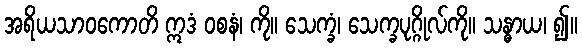
အရိယသာဝကောတိ ဣဒံ ဝစနံ၊ ကို။ သေက္ခံ၊ သေက္ခပုဂ္ဂိုလ်ကို။ သန္ဓာယ၊ ၍။